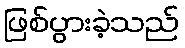
ဖြစ်ပွားခဲ့သည်